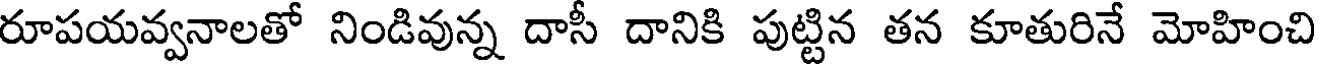
రూపయవ్వనాలతో నిండివున్న దాసీ దానికి పుట్టిన తన కూతురినే మోహించి